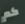
كم